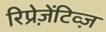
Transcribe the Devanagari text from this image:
रिप्रेज़ेंटिव्ज़